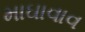
માઘાવાવ